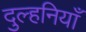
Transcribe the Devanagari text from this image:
दुल्हनियाँ